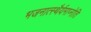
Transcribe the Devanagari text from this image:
भजनात्स्थैर्यमाप्नोति